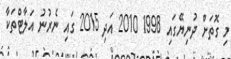
މި ގޮތަށް ދުނިޔޭގައި 1998 2010 އަދި 2015 ގައި ނެރުނު އަލާޓްތަކާ